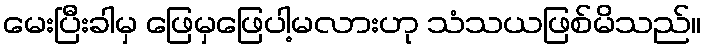
မေးပြီးခါမှ ဖြေမှဖြေပါ့မလားဟု သံသယဖြစ်မိသည်။